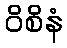
ဝိစိနံ